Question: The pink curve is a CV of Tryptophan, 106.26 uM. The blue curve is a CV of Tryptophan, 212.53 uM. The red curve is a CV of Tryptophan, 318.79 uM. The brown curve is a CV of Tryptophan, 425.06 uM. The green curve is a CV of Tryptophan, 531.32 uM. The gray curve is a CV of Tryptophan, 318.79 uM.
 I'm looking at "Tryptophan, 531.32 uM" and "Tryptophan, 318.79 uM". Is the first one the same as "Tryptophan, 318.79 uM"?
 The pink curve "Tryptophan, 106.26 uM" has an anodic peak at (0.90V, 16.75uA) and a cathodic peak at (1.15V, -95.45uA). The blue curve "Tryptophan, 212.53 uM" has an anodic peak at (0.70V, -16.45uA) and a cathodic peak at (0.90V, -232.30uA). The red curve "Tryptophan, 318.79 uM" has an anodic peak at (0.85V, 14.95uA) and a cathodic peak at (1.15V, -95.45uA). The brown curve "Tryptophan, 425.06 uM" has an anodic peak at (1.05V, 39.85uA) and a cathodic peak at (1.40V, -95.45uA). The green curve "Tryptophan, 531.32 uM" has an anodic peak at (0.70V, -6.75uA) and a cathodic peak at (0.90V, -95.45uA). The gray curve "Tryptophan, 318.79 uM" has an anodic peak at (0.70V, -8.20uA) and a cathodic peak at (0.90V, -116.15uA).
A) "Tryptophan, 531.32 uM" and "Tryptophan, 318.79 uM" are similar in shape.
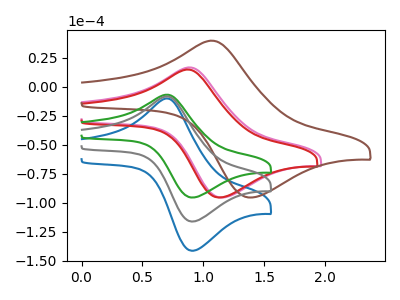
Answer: <think>All the peaks in "Tryptophan, 531.32 uM" have a peak in "Tryptophan, 318.79 uM" at the same potential.
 </think>
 <answer>A) "Tryptophan, 531.32 uM" and "Tryptophan, 318.79 uM" are similar in shape.</answer>
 <eval>A</eval>